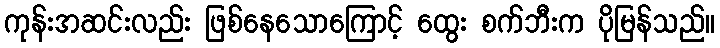
ကုန်းအဆင်းလည်း ဖြစ်နေသောကြောင့် ထွေး စက်ဘီးက ပိုမြန်သည်။